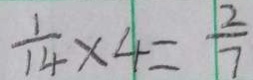
\frac { 1 } { 1 4 } \times 4 = \frac { 2 } { 7 }